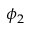
\phi _ { 2 }